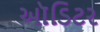
ઑડિટર